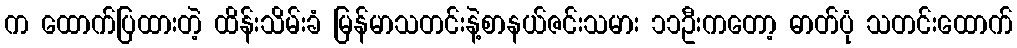
က ထောက်ပြထားတဲ့ ထိန်းသိမ်းခံ မြန်မာသတင်းနဲ့စာနယ်ဇင်းသမား ၁၁ဦးကတော့ ဓာတ်ပုံ သတင်းထောက်